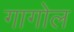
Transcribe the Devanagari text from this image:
गागोल